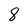
Character: 8